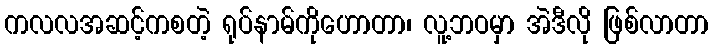
ကလလအဆင့်ကစတဲ့ ရုပ်နာမ်ကိုဟောတာ၊ လူ့ဘဝမှာ အဲဒီလို ဖြစ်လာတာ